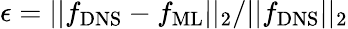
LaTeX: \epsilon=||{f_{\mathrm{DNS}}}-{f_{\mathrm{ML}}}||_{2}/||{f_{\mathrm{DNS}}}||_{2}